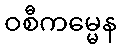
ဝစီကမ္မေန